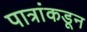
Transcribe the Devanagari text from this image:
पात्रांकडून